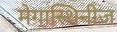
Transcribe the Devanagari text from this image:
मेगास्थिनीज